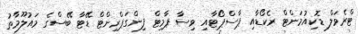
ޓްރެވަލް ޑޮކިއުމަންޓް ރެކޯޑާއި ޕާސްޕޯޓާއި ވިސާ ޕާމިޓް ފިންގަޕްރިންޓް ޑޭޓާ ބޭސްގެ މައުލޫމާތު